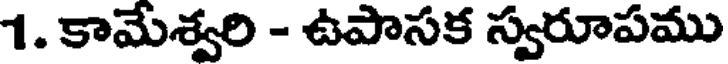
1. కామేశ్వరి - ఉపాసక స్వరూపము